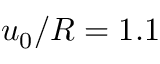
u _ { 0 } / R = 1 . 1